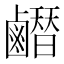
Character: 𪊂